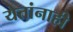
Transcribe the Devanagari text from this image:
येतांनाही